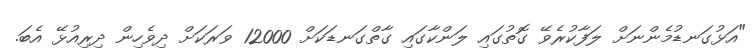
"އަޅުގަނޑުމެންނަށް ލަފާކުރެވޭ ގޮތުގައި ލަންކާގައި ގާތްގަނޑަކަށް 12000 ވަރަކަށް ދިވެހިން ދިރިއުޅޭ އެބަ.